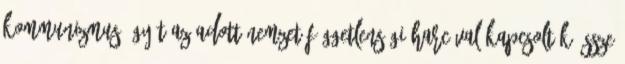
kommunizmus ügyét az adott nemzet függetlenségi harcával kapcsolták össze